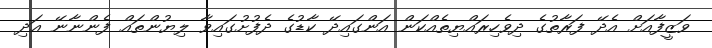
ވަޒީފާއަށް އެދޭ ފަރާތުގެ ދިވެހިރައްޔިތެއްކަން އަންގައިދޭ ކާޑުގެ ދެފުށުގައިވާ ލިޔުންތައް ފެންނާނޭ އަދި